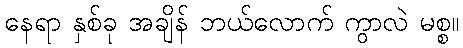
နေရာ နှစ်ခု အချိန် ဘယ်လောက် ကွာလဲ မစ္စ။